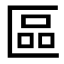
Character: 區